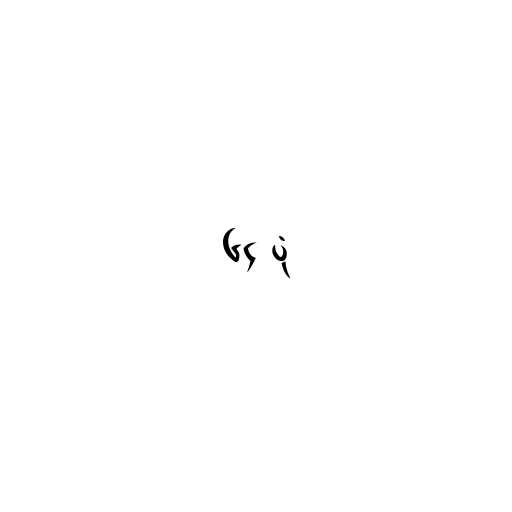
၆၄ ပုံ